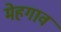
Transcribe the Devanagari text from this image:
मेहगाव